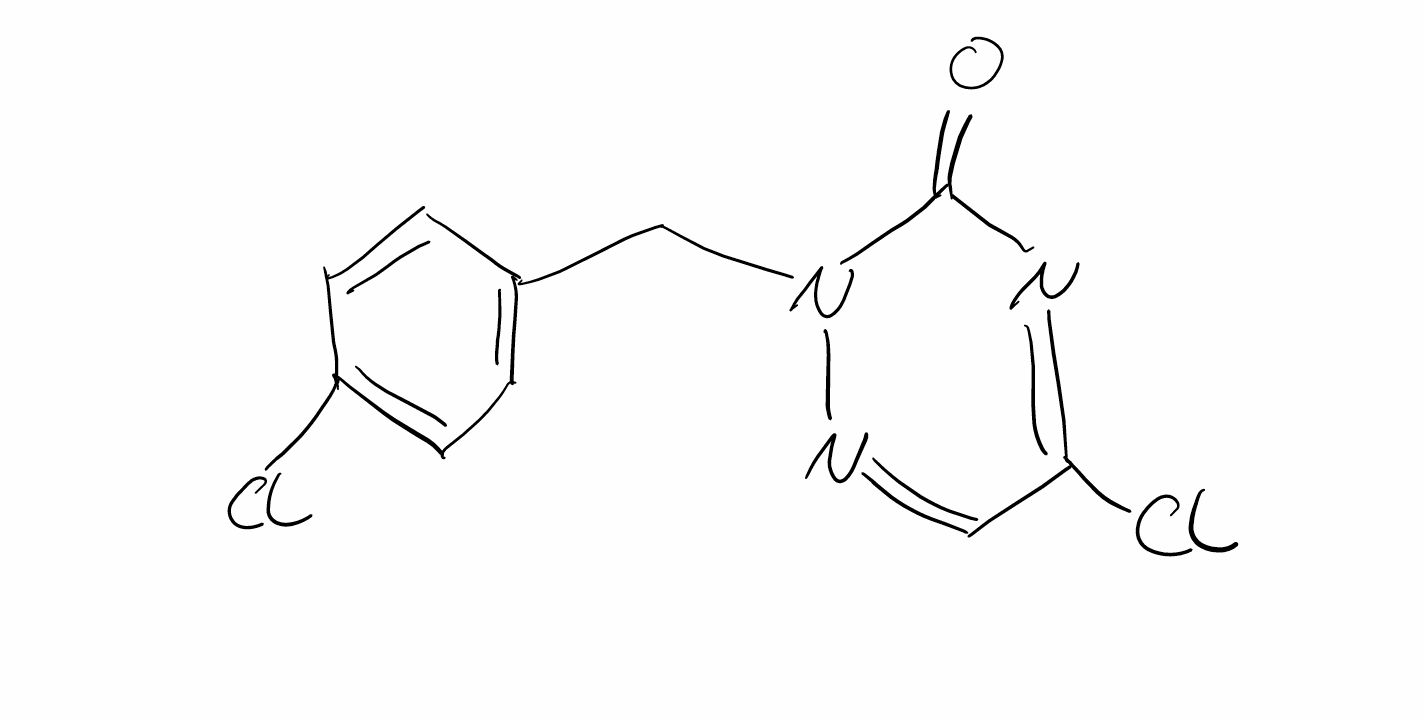
Simplified molecular-input line-entry system (SMILES) notation of the given molecule:
C1=CC(=CC=C1CN2C(=O)N=C(C=N2)Cl)Cl